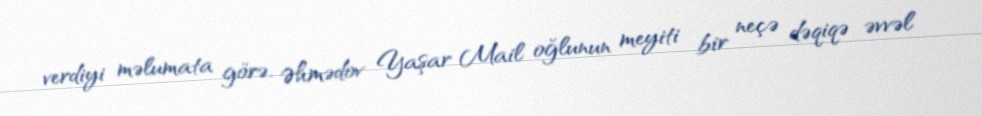
verdiyi məlumata görə, Əhmədov Yaşar Mail oğlunun meyiti bir neçə dəqiqə əvvəl